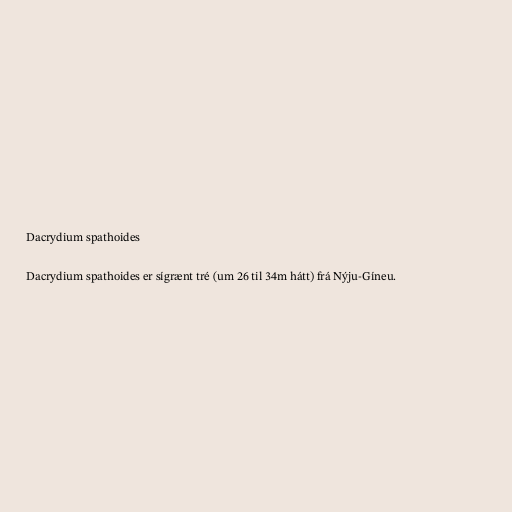
Dacrydium spathoides

Dacrydium spathoides er sígrænt tré (um 26 til 34m hátt) frá Nýju-Gíneu.